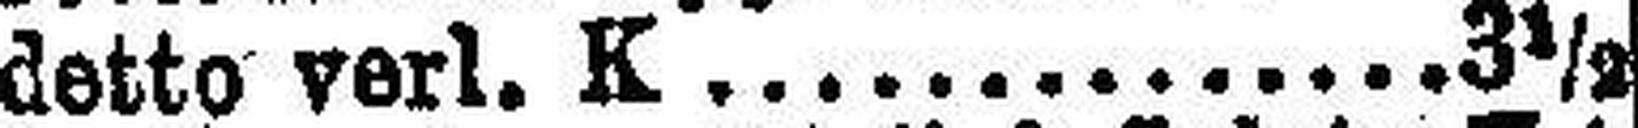
detto verl. K 3½